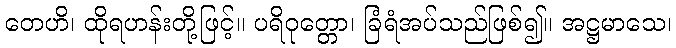
တေဟိ၊ ထိုရဟန်းတို့ဖြင့်။ ပရိဝုတ္တော၊ ခြံရံအပ်သည်ဖြစ်၍။ အဋ္ဌမာသေ၊